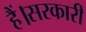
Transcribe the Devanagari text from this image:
हैं।सरकारी